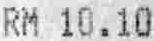
RM 10.10